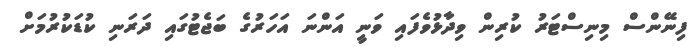
ފިނޭންސް މިނިސްޓަރު ކުރިން ވިދާޅުވެފައި ވަނީ އަންނަ އަހަރުގެ ބަޖެޓުގައި ދަރަނި ކުޑަކުރުމަށް